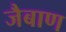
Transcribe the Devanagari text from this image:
जैबाण